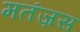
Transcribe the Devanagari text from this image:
मतंज़स